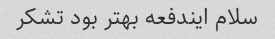
سلام ایندفعه بهتر بود تشکر